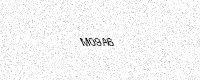
Text: M09A6